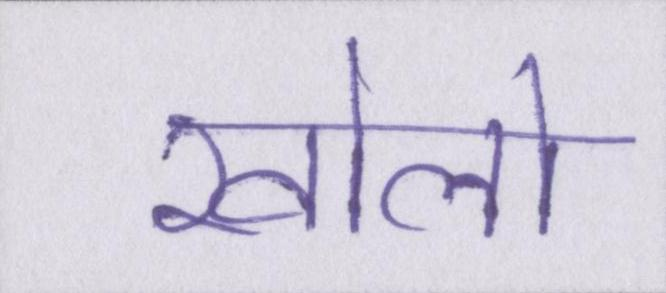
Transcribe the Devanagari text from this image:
खोलो